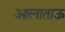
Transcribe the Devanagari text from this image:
आलाताऊ